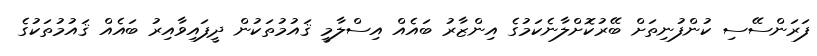
ފަރަންސޭސި ކުންފުނިތަށް ބޭރުކޮށްލާނެކަމުގެ އިންޒާރު ބައެއް އިސްލާމީ ޤައުމުތަކުން ދީފައިވާއިރު ބައެއް ޤައުމުތަކުގެ